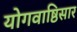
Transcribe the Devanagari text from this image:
योगवाष्ठिसार